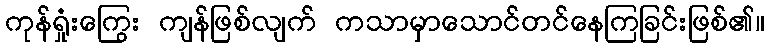
ကုန်ရှုံးကြွေး ကျန်ဖြစ်လျက် ကသာမှာသောင်တင်နေကြခြင်းဖြစ်၏။